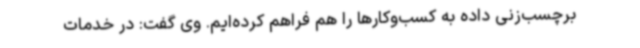
برچسب‌زنی داده به کسب‌وکارها را هم فراهم کرده‌ایم. وی گفت: در خدمات